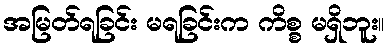
အမြတ်ရခြင်း မရခြင်းက ကိစ္စ မရှိဘူး။